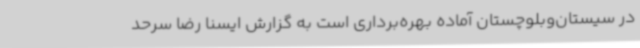
در سیستان‌وبلوچستان آماده بهره‌برداری است به گزارش ایسنا رضا سرحد